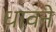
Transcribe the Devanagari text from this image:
धावने